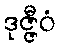
ဒုဇ္ဇီဝံ